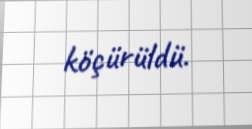
köçürüldü.